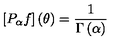
[ P _ { \alpha } f ] \left( \theta \right) = \frac { 1 } { \Gamma \left( \alpha \right) }